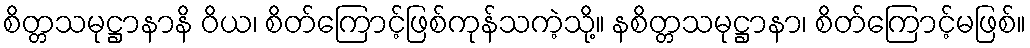
စိတ္တသမုဋ္ဌာနာနိ ဝိယ၊ စိတ်ကြောင့်ဖြစ်ကုန်သကဲ့သို့။ နစိတ္တသမုဋ္ဌာနာ၊ စိတ်ကြောင့်မဖြစ်။